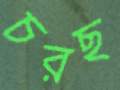
চরছ